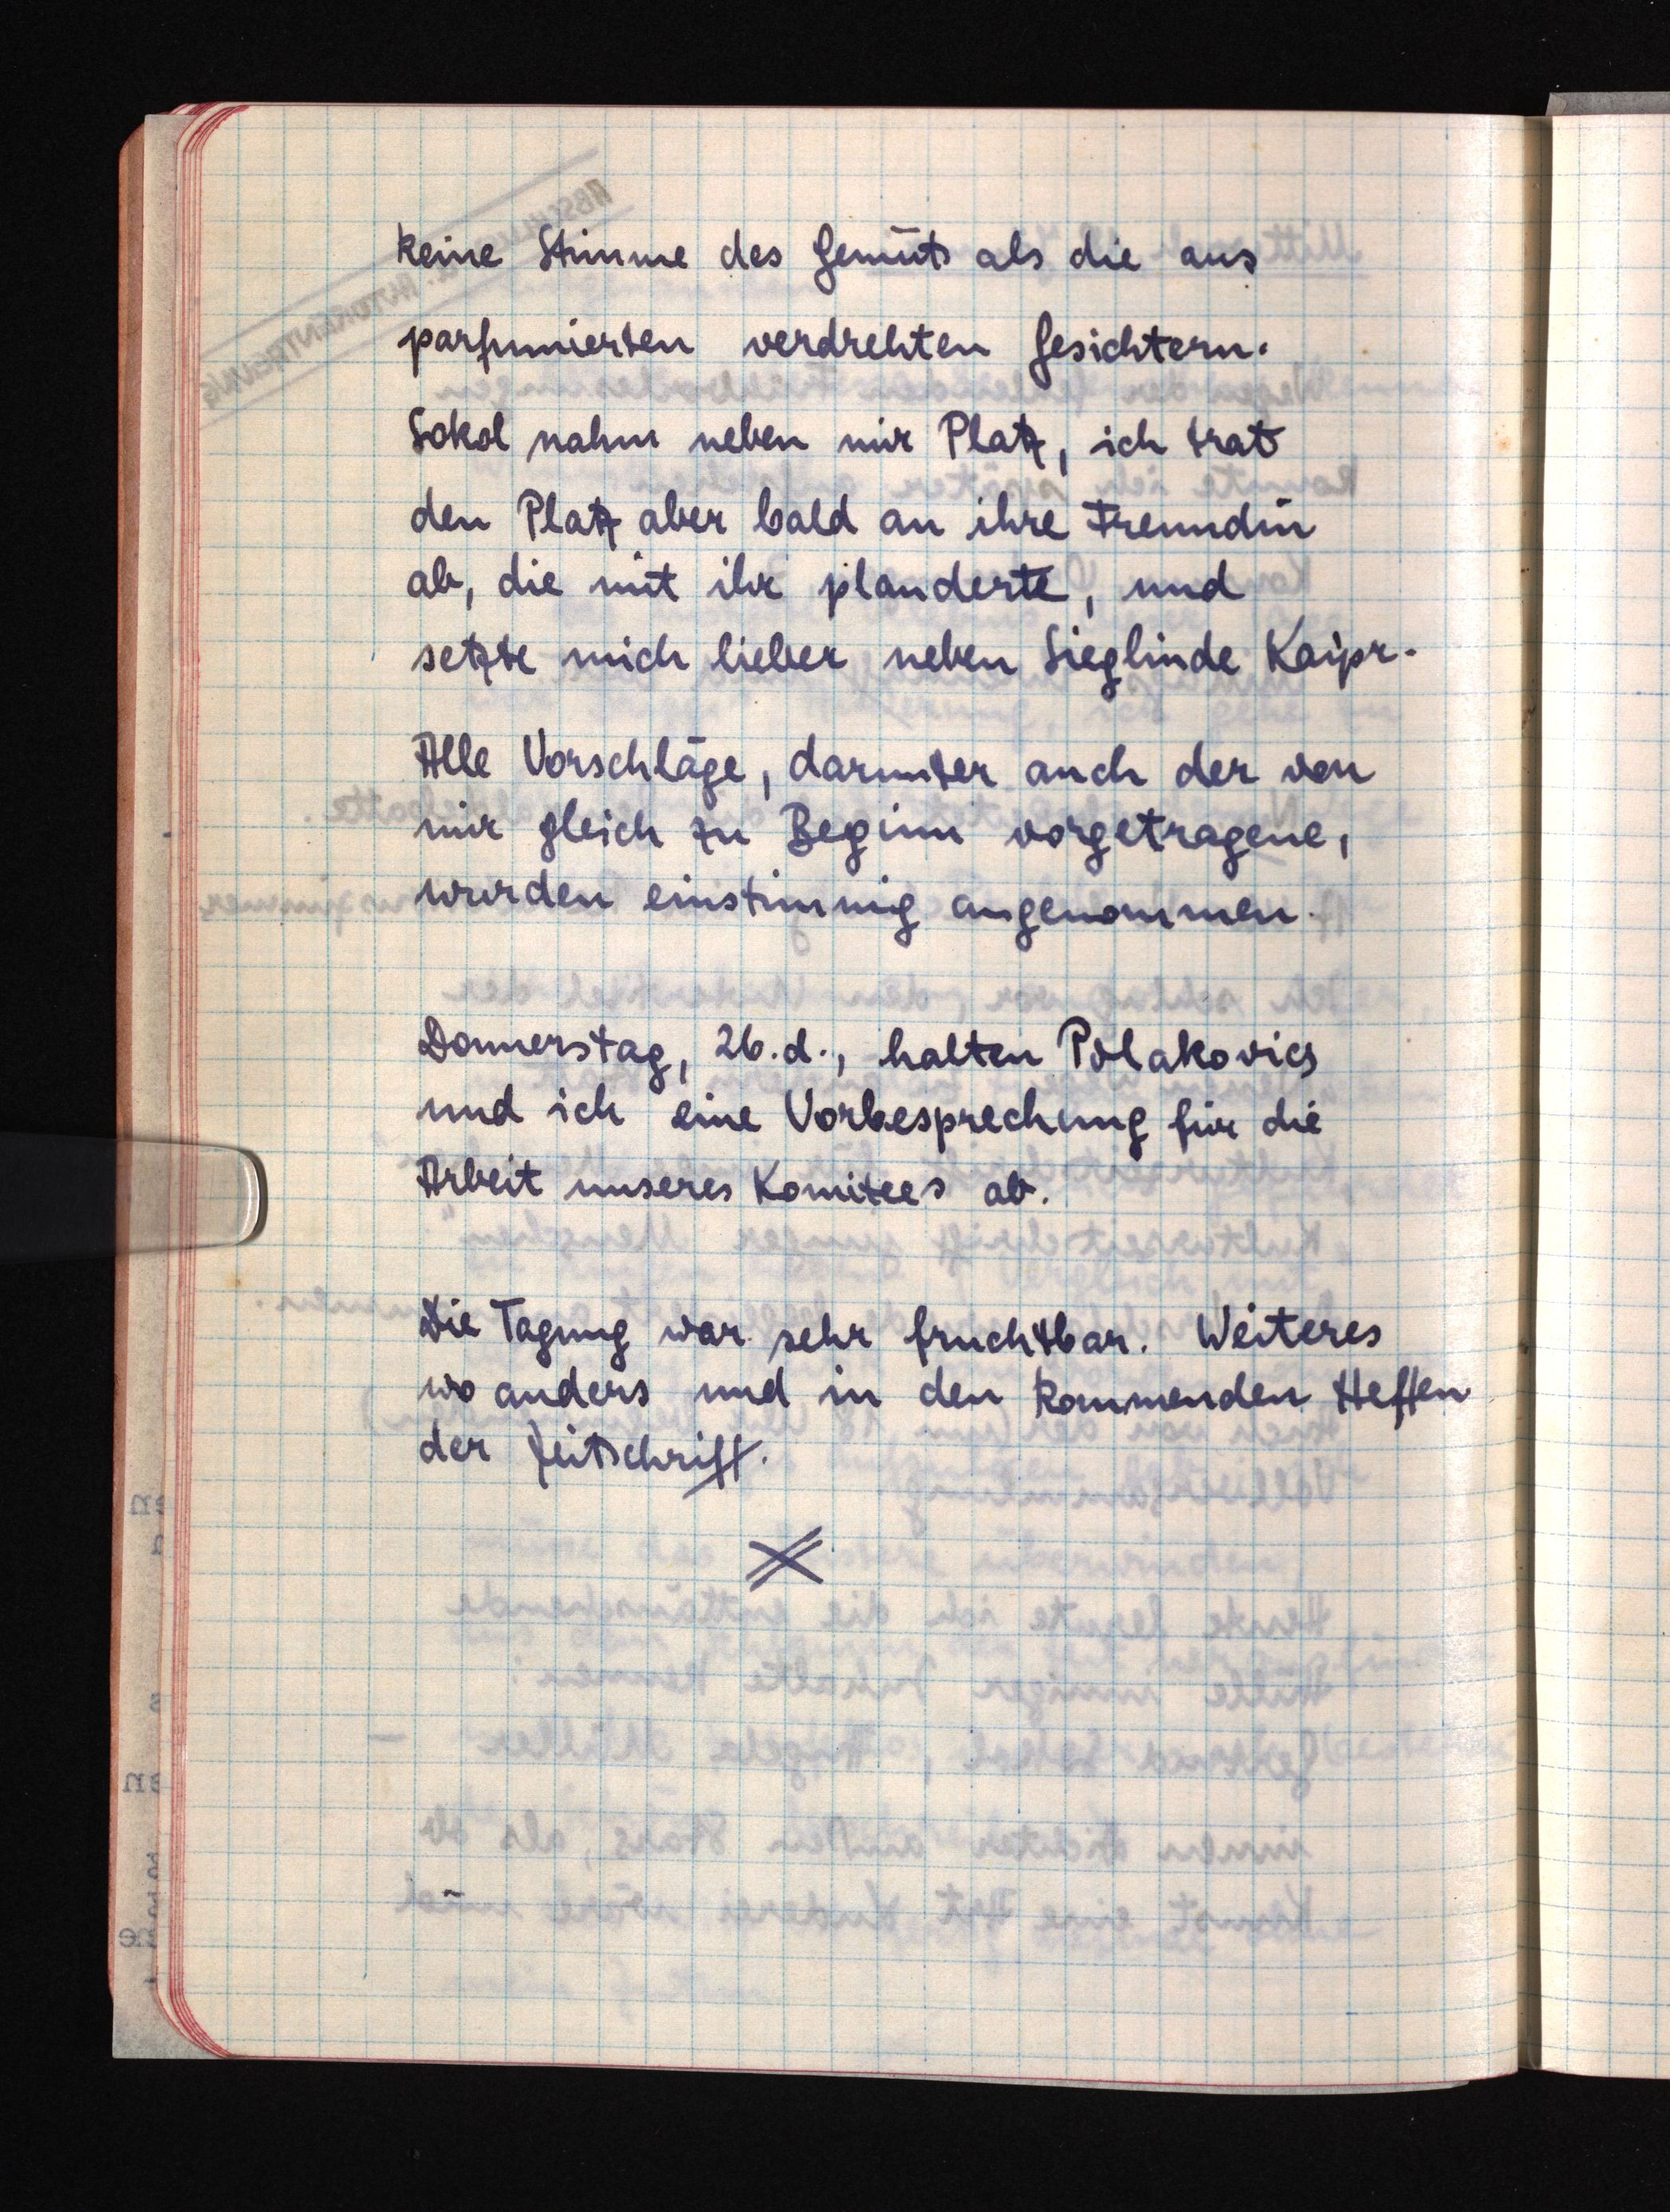
keine Stimme des Gemüts als die aus
parfumierten verdrehten Gesichtern.
Sokol nahm neben mir Platz, ich trat
den Platz aber bald an ihre Freundin
ab, die mit ihr plauderte, und
setzte mich lieber neben Sieglinde Kaipr.
Alle Vorschläge, darunter auch der von
mir gleich zu Beginn vorgetragene,
wurden einstimmig angenommen.
Donnerstag, 26. d., halten Polakovics
und ich eine Vorbesprechung für die
Arbeit unseres Komitees ab.
Die Tagung war sehr fruchtbar. Weiteres
wo anders und in den kommenden Heften
der Zeitschrift.